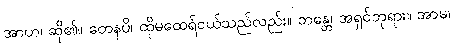
အာဟ၊ ဆို၏။ တေနပိ၊ ထိုမထေရ်ငယ်သည်လည်း။ ဘန္တေ၊ အရှင်ဘုရား။ အာမ၊